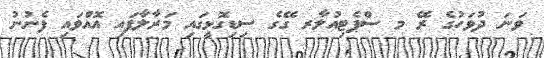
ވަނަ ދުވަހުގެ ރޭ މ ސްޕެޓިއުލާރ ގޭގެ ސިޑިގޮޅީގައި މަރާލާފައި އޮއްވައި ފެނުނު